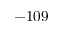
- 1 0 9